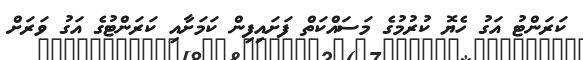
ކަރަންޓު އަގު ހެޔޮ ކުރުމުގެ މަސައްކަތް ފަށައިފިން ކަމަށާއި ކަރަންޓުގެ އަގު ވަރަށް